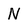
Character: N